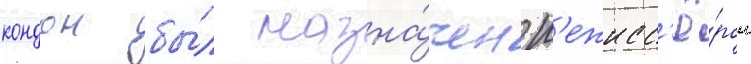
кондон бы́л назна́чен р'ежисс'ё́ром